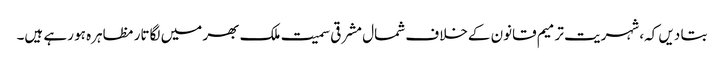
بتا دیں کہ، شہریت ترمیم قانون کےخلاف شمال مشرقی سمیت ملک بھر میں لگاتار مظاہرہ ہو رہے ہیں۔